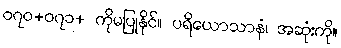
၀၇၀+၀၇၁+ ကိုမပြုနိုင်။ ပရိယောသာနံ၊ အဆုံးကို။